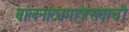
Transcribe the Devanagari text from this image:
बालनाट्यमहोत्सवाची